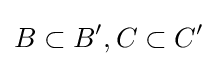
B\subset B',C\subset C'